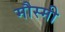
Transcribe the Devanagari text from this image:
मौस्मी